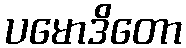
ပမောဒိတော